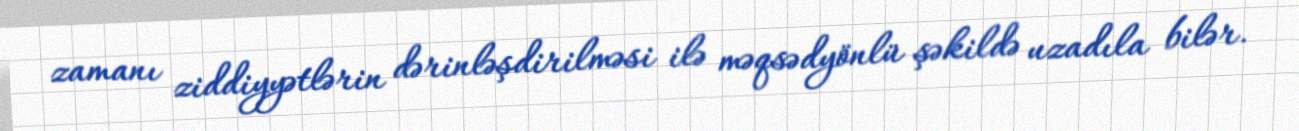
zamanı ziddiyyətlərin dərinləşdirilməsi ilə məqsədyönlü şəkildə uzadıla bilər.